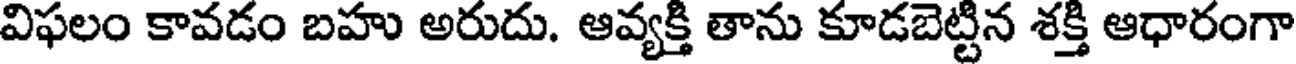
విఫలం కావడం బహు అరుదు. ఆవ్యక్తి తాను కూడబెట్టిన శక్తి ఆధారంగా